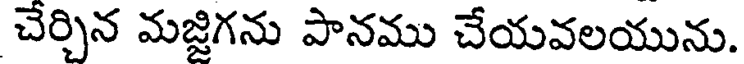
చేర్చిన మజ్జిగను పానము చేయవలయును.